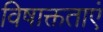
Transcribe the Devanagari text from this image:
विषाक्तताएं